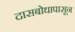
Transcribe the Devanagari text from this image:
दासबोधापासून